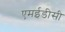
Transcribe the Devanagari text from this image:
एमईडीसी